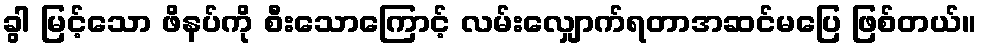
ခွါ မြင့်သော ဖိနပ်ကို စီးသောကြောင့် လမ်းလျှောက်ရတာအဆင်မပြေ ဖြစ်တယ်။